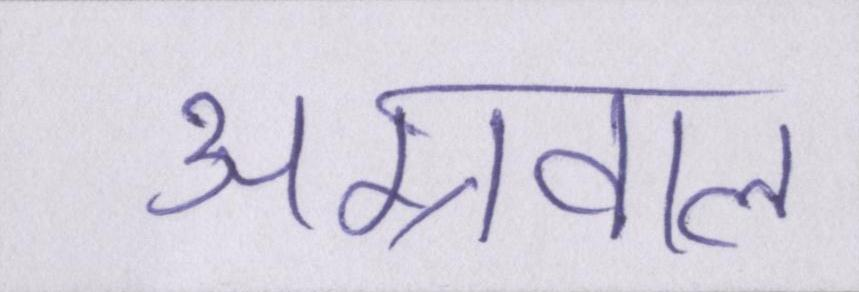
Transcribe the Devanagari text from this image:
अग्रवाल